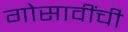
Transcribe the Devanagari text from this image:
गोसावींची